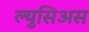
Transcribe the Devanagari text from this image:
ल्युसिअस